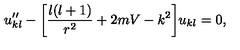
u _ { k l } ^ { \prime \prime } - \bigg \lbrack \frac { l ( l + 1 ) } { r ^ { 2 } } + 2 m V - k ^ { 2 } \bigg \rbrack u _ { k l } = 0 ,